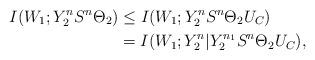
LaTeX: \begin{align*}I(W_1;Y_2^nS^n\Theta_2) &\leq I(W_1;Y_2^nS^n\Theta_2U_C)\\ &= I(W_1;Y_2^n|Y_2^{n_1}S^n\Theta_2U_C), \end{align*}